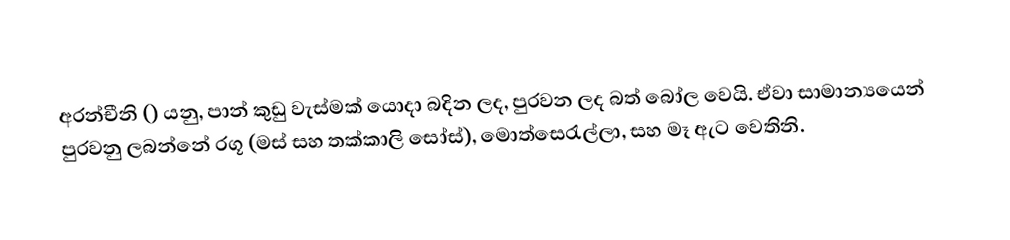
අරන්චීනි () යනු, පාන් කුඩු වැස්මක් යොදා බදින ලද, පුරවන ලද බත් බෝල  වෙයි. ඒවා සාමාන්‍යයෙන් පුරවනු ලබන්නේ රගූ (මස් සහ තක්කාලි සෝස්), මොත්සෙරැල්ලා, සහ මෑ ඇට වෙතිනි.